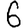
Digit: 6